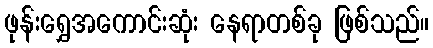
ဖုန်းရွှေအကောင်းဆုံး နေရာတစ်ခု ဖြစ်သည်။